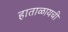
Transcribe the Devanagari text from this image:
हाताळायची